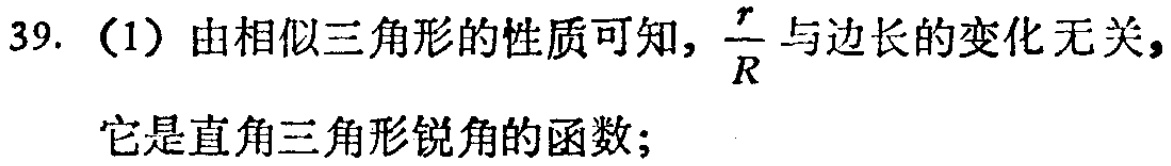
39. （1）由相似三角形的性质可知，$\frac{r}{R}$与边长的变化无关，它是直角三角形锐角的函数；